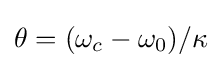
\theta =(\omega _{c}-\omega _{0})/\kappa